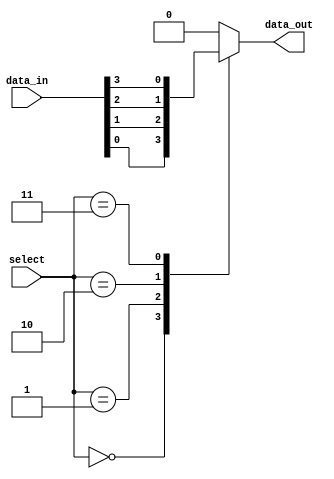
module mux_128to1 (
    input [127:0] data_in,
    input [6:0] select,
    output reg data_out
);

always @ (select or data_in)
begin
    case(select)
        7'b0000000: data_out = data_in[0];
        7'b0000001: data_out = data_in[1];
        7'b0000010: data_out = data_in[2];
        7'b0000011: data_out = data_in[3];
        // Continue for all 128 input signals
        default: data_out = 1'b0; // Default output
    endcase
end

endmodule